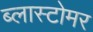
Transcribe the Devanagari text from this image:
ब्लास्टोमर